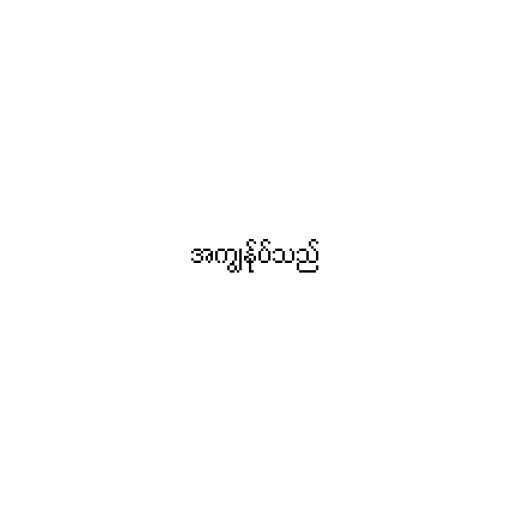
အကျွန်ုပ်သည်